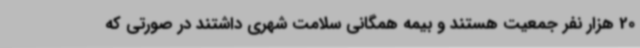
20 هزار نفر جمعیت هستند و بیمه همگانی سلامت شهری داشتند در صورتی که